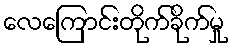
လေကြောင်းတိုက်ခိုက်မှု